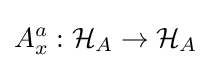
A_{x}^{a}:{\mathcal {H}}_{A}\to {\mathcal {H}}_{A}